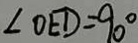
\angle O E D = 9 0 ^ { \circ }